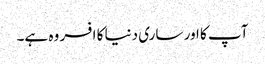
آپ کا اور ساری دنیا کا افسر وہ ہے۔